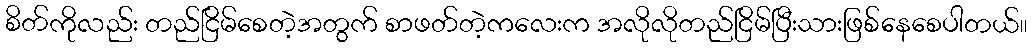
စိတ်ကိုလည်း တည်ငြိမ်စေတဲ့အတွက် စာဖတ်တဲ့ကလေးက အလိုလိုတည်ငြိမ်ပြီးသားဖြစ်နေစေပါတယ်။